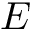
E